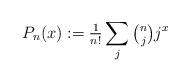
LaTeX: \begin{align*}P_n(x):={\tfrac1{n!}}\sum_{j}\tbinom njj^x\end{align*}